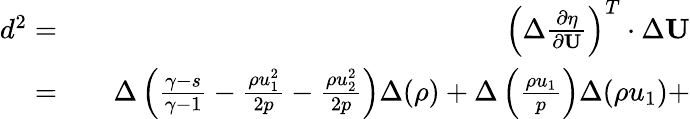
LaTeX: \begin{array}{rlr}{d^{2}=}&{{}}&{\left(\Delta\frac{\partial\eta}{\partial\textbf{U}}\right)^{T}\cdot\Delta\textbf{U}}\\ {=}&{{}}&{\Delta\left(\frac{\gamma-s}{\gamma-1}-\frac{\rho u_{1}^{2}}{2p}-\frac{\rho u_{2}^{2}}{2p}\right)\Delta(\rho)+\Delta\left(\frac{\rho u_{1}}{p}\right)\Delta(\rho u_{1})+}\end{array}